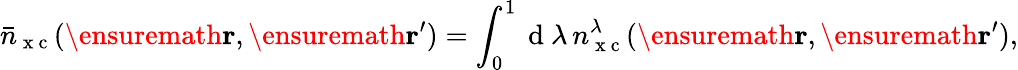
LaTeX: \bar{n}_{\mathrm{~x~c~}}(\ensuremath{\mathbf{r}},\ensuremath{\mathbf{r}}^{\prime})=\int_{0}^{1}\mathrm{~d~}\lambda\, n_{\mathrm{~x~c~}}^{\lambda}(\ensuremath{\mathbf{r}},\ensuremath{\mathbf{r}}^{\prime}),